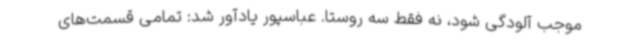
موجب آلودگی شود، نه فقط سه روستا. عباسپور یادآور شد: تمامی قسمت‌های